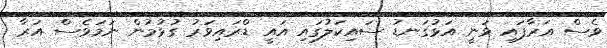
ވެސް އަރާފައި ވަނީ އަޅުގަނޑު ސައިކަލުގައި އައީ ޑްރައިވަރު ގުޅުމުން ނަމަވެސް އަރާ